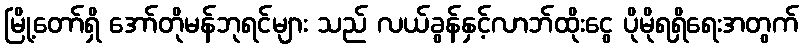
မြို့တော်ရှိ အော်တိုမန်ဘုရင်များ သည် လယ်ခွန်နှင့်လာဘ်ထိုးငွေ ပိုမိုရရှိရေးအတွက်